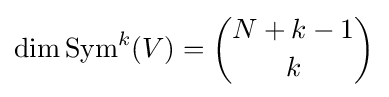
\dim \operatorname {Sym} ^{k}(V)={N+k-1 \choose k}